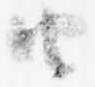
由